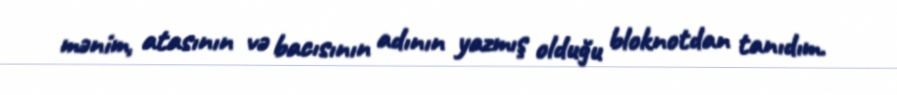
mənim, atasının və bacısının adının yazmış olduğu bloknotdan tanıdım.